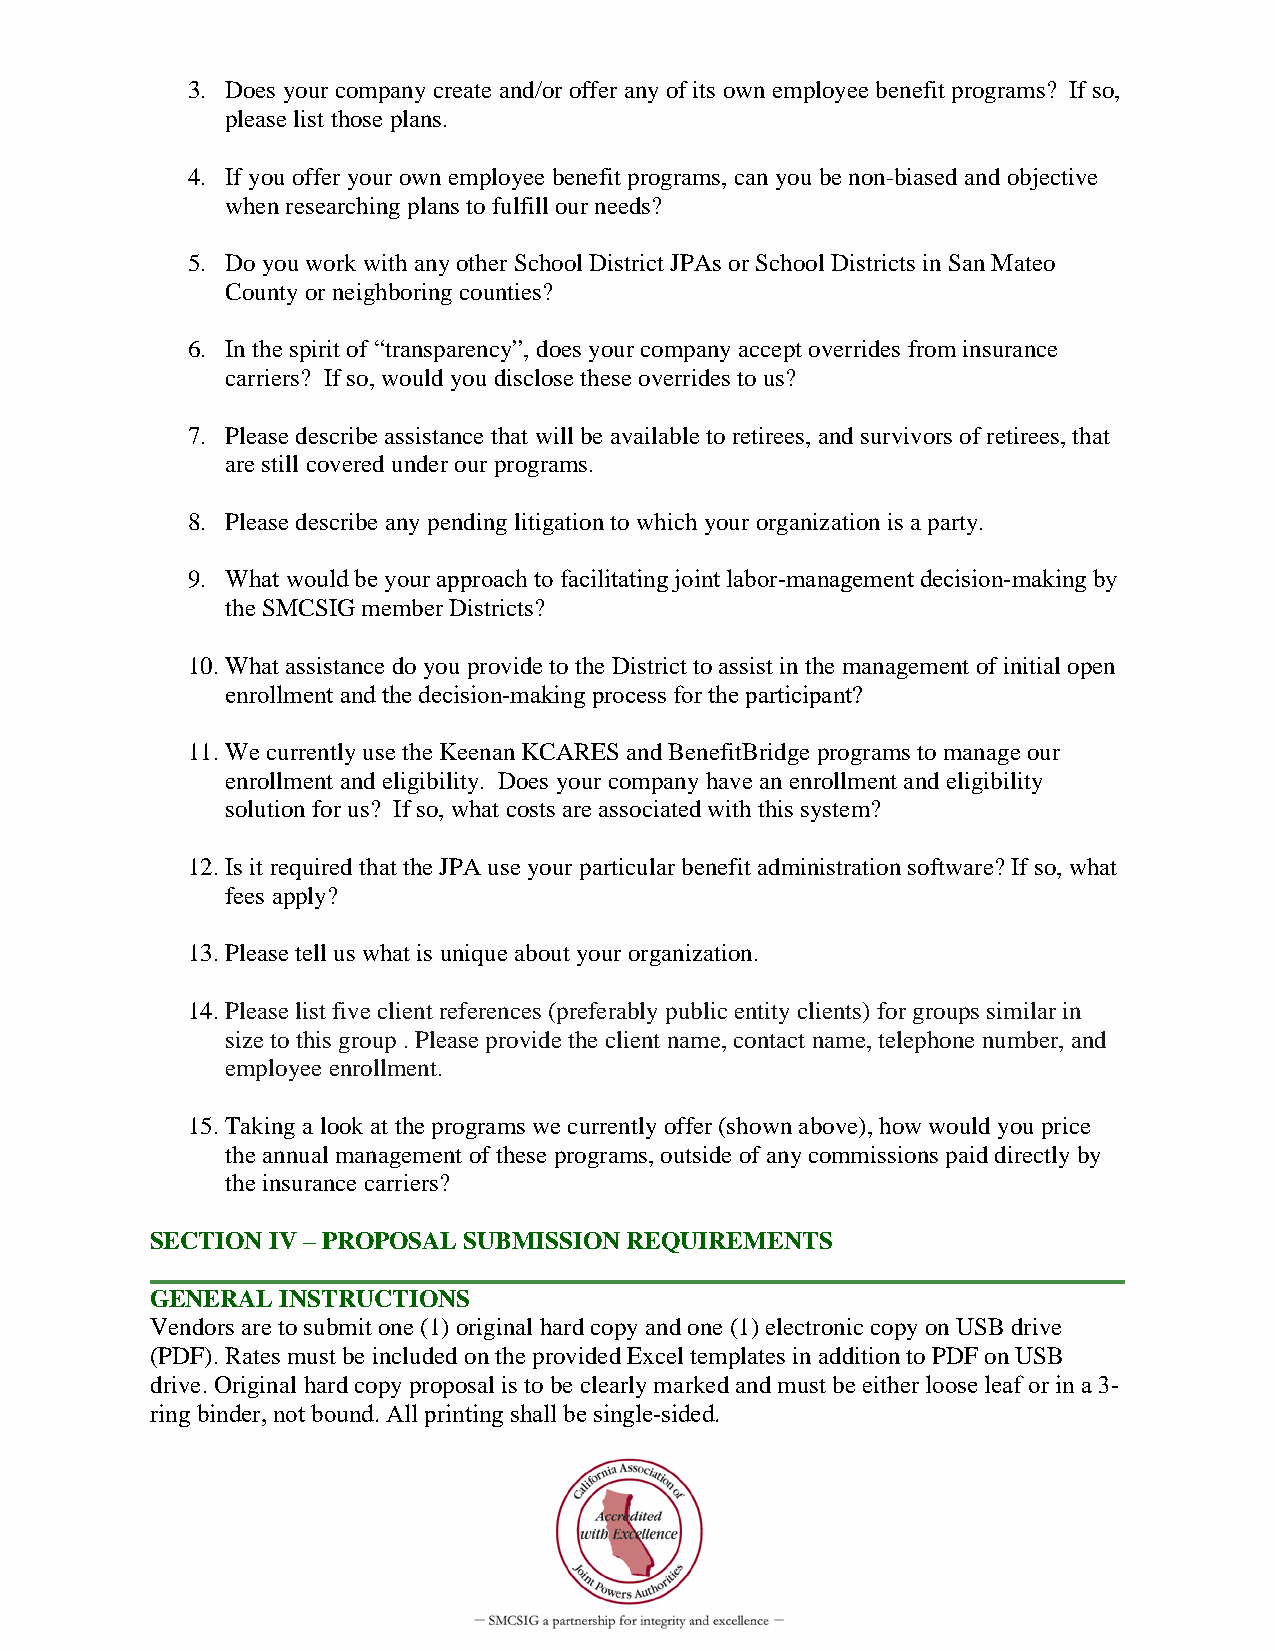
3. Does your company create and/or offer any of its own employee benefit programs? If so,
 please list those plans.
 4. If you offer your own employee benefit programs, can you be non-biased and objective
 when researching plans to fulfill our needs?
 5. Do you work with any other School District JPAs or School Districts in San Mateo
 County or neighboring counties?
 6. In the spirit of “transparency”, does your company accept overrides from insurance
 carriers? If so, would you disclose these overrides to us?
 7. Please describe assistance that will be available to retirees, and survivors of retirees, that
 are still covered under our programs.
 8. Please describe any pending litigation to which your organization is a party.
 9. What would be your approach to facilitating joint labor‐management decision‐making by
 the SMCSIG member Districts?
 10. What assistance do you provide to the District to assist in the management of initial open
 enrollment and the decision‐making process for the participant?
 11. We currently use the Keenan KCARES and BenefitBridge programs to manage our
 enrollment and eligibility. Does your company have an enrollment and eligibility
 solution for us? If so, what costs are associated with this system?
 12. Is it required that the JPA use your particular benefit administration software? If so, what
 fees apply?
 13. Please tell us what is unique about your organization.
 14. Please list five client references (preferably public entity clients) for groups similar in
 size to this group . Please provide the client name, contact name, telephone number, and
 employee enrollment.
 15. Taking a look at the programs we currently offer (shown above), how would you price
 the annual management of these programs, outside of any commissions paid directly by
 the insurance carriers?
 SECTION IV – PROPOSAL SUBMISSION REQUIREMENTS
 GENERAL  INSTRUCTIONS
 Vendors are to submit one (1) original hard copy and one (1) electronic copy on USB drive
 (PDF). Rates must be included on the provided Excel templates in addition to PDF on USB
 drive. Original hard copy proposal is to be clearly marked and must be either loose leaf or in a 3‐
 ring binder, not bound. All printing shall be single‐sided.